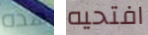
هذه افتحيه